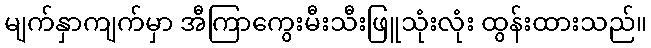
မျက်နှာကျက်မှာ အီကြာကွေးမီးသီးဖြူသုံးလုံး ထွန်းထားသည်။